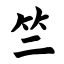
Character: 竺